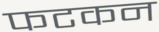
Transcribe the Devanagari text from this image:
फटकन